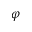
\varphi